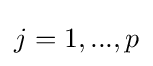
j=1,...,p